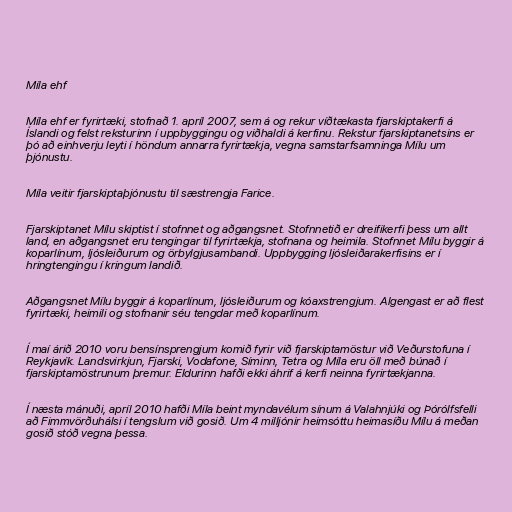
Míla ehf

Míla ehf er fyrirtæki, stofnað 1. apríl 2007, sem á og rekur víðtækasta fjarskiptakerfi á
Íslandi og felst reksturinn í uppbyggingu og viðhaldi á kerfinu. Rekstur fjarskiptanetsins er
þó að einhverju leyti í höndum annarra fyrirtækja, vegna samstarfsamninga Mílu um
þjónustu.

Míla veitir fjarskiptaþjónustu til sæstrengja Farice.

Fjarskiptanet Mílu skiptist í stofnnet og aðgangsnet. Stofnnetið er dreifikerfi þess um allt
land, en aðgangsnet eru tengingar til fyrirtækja, stofnana og heimila. Stofnnet Mílu byggir á
koparlínum, ljósleiðurum og örbylgjusambandi. Uppbygging ljósleiðarakerfisins er í
hringtengingu í kringum landið.

Aðgangsnet Mílu byggir á koparlínum, ljósleiðurum og kóaxstrengjum. Algengast er að flest
fyrirtæki, heimili og stofnanir séu tengdar með koparlínum.

Í maí árið 2010 voru bensínsprengjum komið fyrir við fjarskiptamöstur við Veðurstofuna í
Reykjavík. Landsvirkjun, Fjarski, Vodafone, Síminn, Tetra og Míla eru öll með búnað í
fjarskiptamöstrunum þremur. Eldurinn hafði ekki áhrif á kerfi neinna fyrirtækjanna.

Í næsta mánuði, apríl 2010 hafði Míla beint myndavélum sínum á Valahnjúki og Þórólfsfelli
að Fimmvörðuhálsi í tengslum við gosið. Um 4 milljónir heimsóttu heimasíðu Mílu á meðan
gosið stóð vegna þessa.